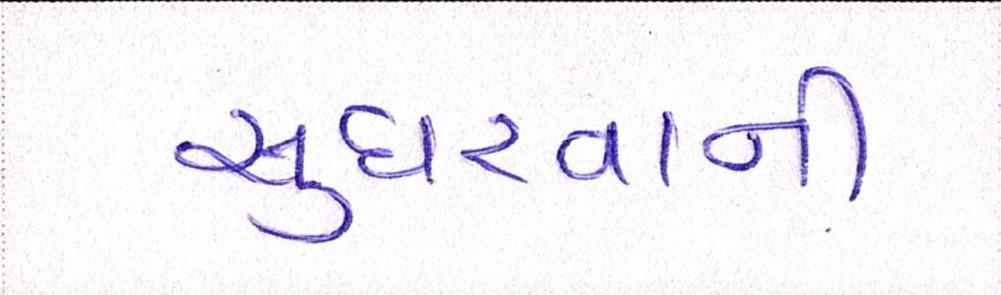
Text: સુધરવાની